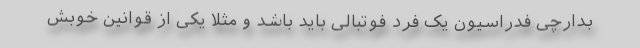
بدارچی فدراسیون یک فرد فوتبالی باید باشد و مثلا یکی از قوانین خوبش